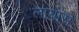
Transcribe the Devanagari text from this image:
लायोस